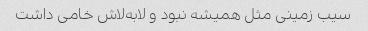
سیب زمینی مثل همیشه نبود و لابه‌لاش خامی داشت